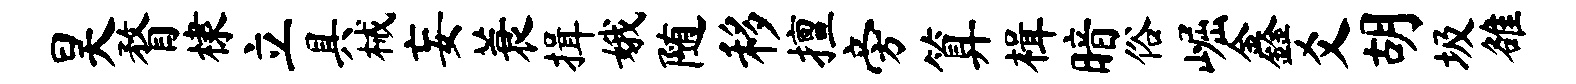
昊瞀棣立具械妄蓑揖娥随移擅旁算楫暗俗崛鑫爻胡圾雒